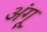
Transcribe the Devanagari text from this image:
अंगू